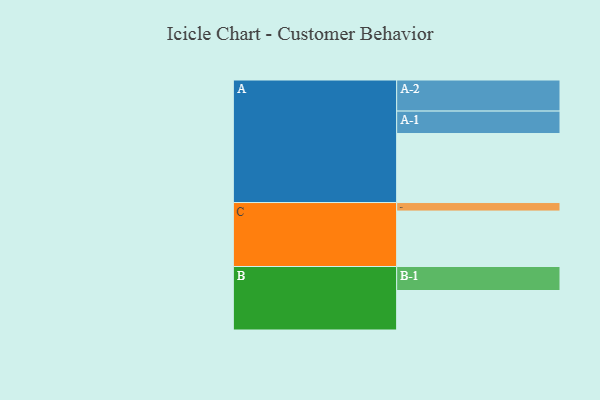
{"axis": {"x": "Segment", "y": "Value"}, "legend": ["", "A", "B", "C"], "data": [{"x": "A", "y": 575, "type": ""}, {"x": "B", "y": 329, "type": ""}, {"x": "C", "y": 462, "type": ""}, {"x": "A-1", "y": 187, "type": "A"}, {"x": "A-2", "y": 259, "type": "A"}, {"x": "B-1", "y": 200, "type": "B"}, {"x": "C-1", "y": 71, "type": "C"}]}